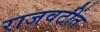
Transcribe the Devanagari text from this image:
राजवटींत